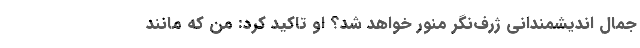
جمال اندیشمندانی ژرف‌نگر منور خواهد شد؟ او تاکید کرد: من که مانند